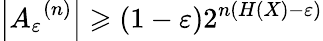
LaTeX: \left|{A_{\varepsilon}}^{(n)}\right|\geqslant(1-\varepsilon)2^{n(H(X)-\varepsilon)}